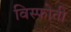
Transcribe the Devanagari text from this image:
विस्फोती